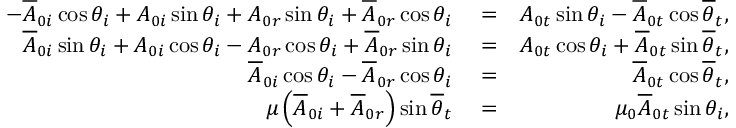
\begin{array} { r l r } { - \overline { { A } } _ { 0 i } \cos \theta _ { i } + A _ { 0 i } \sin \theta _ { i } + A _ { 0 r } \sin \theta _ { i } + \overline { { A } } _ { 0 r } \cos \theta _ { i } } & { { } = } & { A _ { 0 t } \sin \theta _ { i } - \overline { { A } } _ { 0 t } \cos \overline { { \theta } } _ { t } , } \\ { \overline { { A } } _ { 0 i } \sin \theta _ { i } + A _ { 0 i } \cos \theta _ { i } - A _ { 0 r } \cos \theta _ { i } + \overline { { A } } _ { 0 r } \sin \theta _ { i } } & { { } = } & { A _ { 0 t } \cos \theta _ { i } + \overline { { A } } _ { 0 t } \sin \overline { { \theta } } _ { t } , } \\ { \overline { { A } } _ { 0 i } \cos \theta _ { i } - \overline { { A } } _ { 0 r } \cos \theta _ { i } } & { { } = } & { \overline { { A } } _ { 0 t } \cos \overline { { \theta } } _ { t } , } \\ { \mu \left( \overline { { A } } _ { 0 i } + \overline { { A } } _ { 0 r } \right) \sin \overline { { \theta } } _ { t } } & { { } = } & { \mu _ { 0 } \overline { { A } } _ { 0 t } \sin \theta _ { i } , } \end{array}